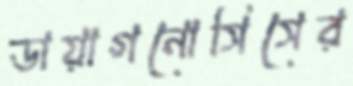
ডায়াগনোসিসের